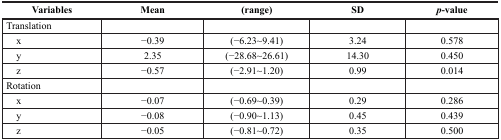
| Variables | Mean | (range) | SD | p-value |
 | --- | --- | --- | --- | --- |
 | Translation |  |  |  |  |
 | x | −0.39 | (−6.23∼9.41) | 3.24 | 0.578 |
 | y | 2.35 | (−28.68∼26.61) | 14.30 | 0.450 |
 | z | −0.57 | (−2.91∼1.20) | 0.99 | 0.014 |
 | Rotation |  |  |  |  |
 | x | −0.07 | (−0.69∼0.39) | 0.29 | 0.286 |
 | y | −0.08 | (−0.90∼1.13) | 0.45 | 0.439 |
 | z | −0.05 | (−0.81∼0.72) | 0.35 | 0.500 |